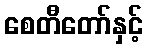
စေတီတော်နှင့်